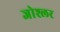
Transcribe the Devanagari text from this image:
जोश्लर